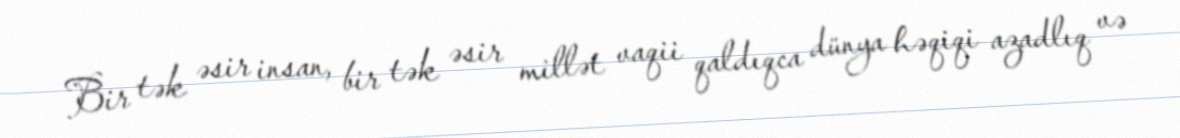
Bir tək əsir insan, bir tək əsir millət vaqii qaldıqca dünya həqiqi azadlıq və